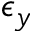
\epsilon _ { y }